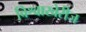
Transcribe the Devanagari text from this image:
विश्वाखेरीज